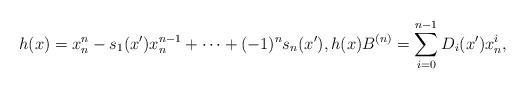
LaTeX: \begin{align*} h(x)=x_n^n-s_1(x')x_n^{n-1}+\cdots +(-1)^ns_n(x'), h(x)B^{(n)}=\sum_{i=0}^{n-1}D_i(x')x_n^i, \end{align*}